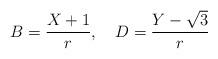
LaTeX: \begin{align*} B=\frac{X+1}{r},\quad D=\frac{Y-\sqrt{3}}{r}\end{align*}